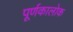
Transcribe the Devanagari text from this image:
पूर्णकालोक